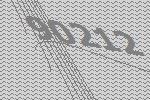
90212